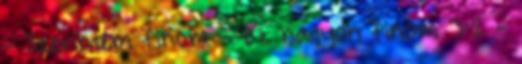
- Szerintem finom - Ez nagyon finom 3:2 -